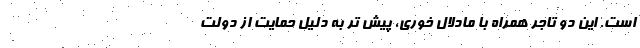
است. این دو تاجر همراه با مادلال خوری، پیش تر به دلیل حمایت از دولت